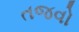
તજવો